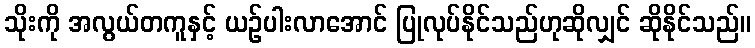
သိုးကို အလွယ်တကူနှင့် ယဉ်ပါးလာအောင် ပြုလုပ်နိုင်သည်ဟုဆိုလျှင် ဆိုနိုင်သည်။